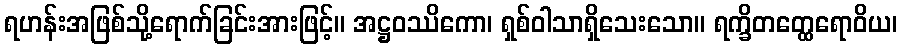
ရဟန်းအဖြစ်သို့ရောက်ခြင်းအားဖြင့်။ အဋ္ဌဝဿိကော၊ ရှစ်ဝါသာရှိသေးသော။ ရက္ခိတတ္ထေရောဝိယ၊